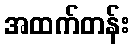
အထက်တန်း